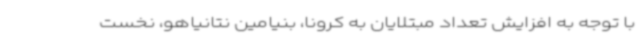
با توجه به افزایش تعداد مبتلایان به کرونا، بنیامین نتانیاهو، نخست